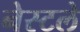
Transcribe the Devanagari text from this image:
नेस्टले